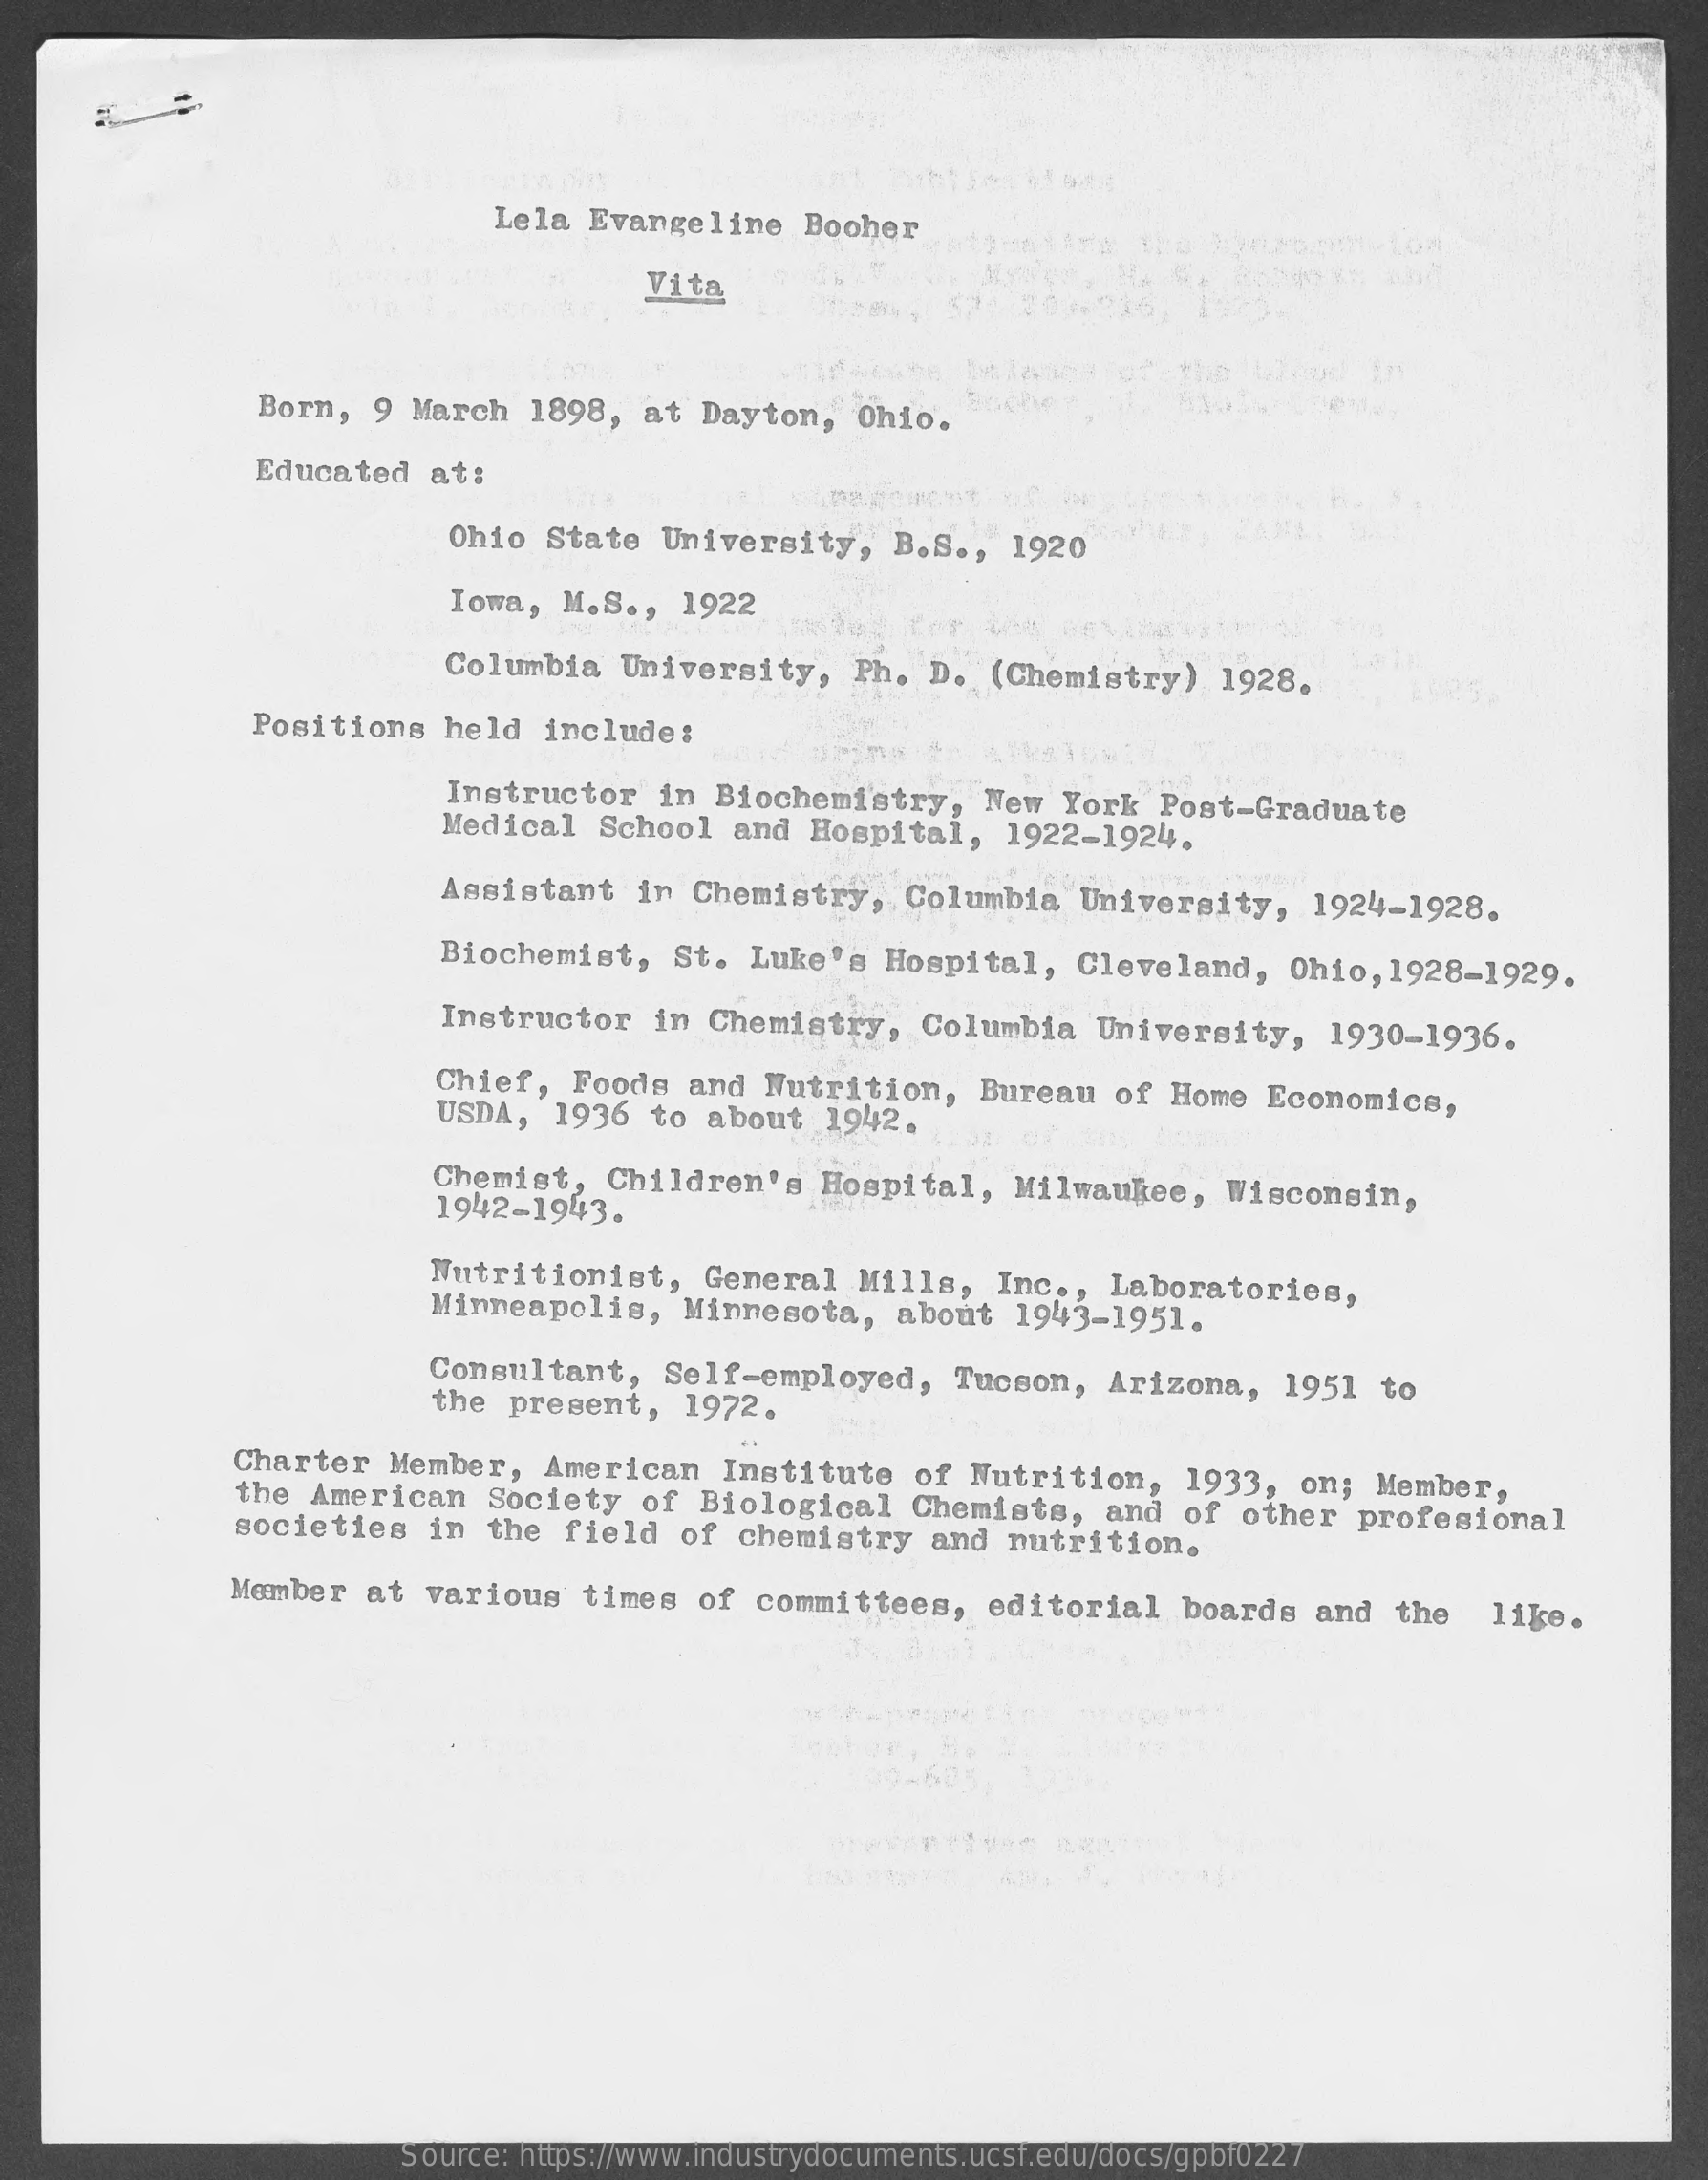
Lela    Evangeline    Booher
     Vita
     Born,    9    March    1898,    at    Dayton,    Ohio.
     Educated    at:
     Ohio    State    University,    B.S    .,    1920
     Iowa,    M.S    .,    1922
     BEVA
     Columbia    University,    Ph.    D.    (Chemistry)    1928.
     Positions    held    include:
     Instructor    in    Biochemistry,    New    York    Post-Graduate Medical School and Hospital, 1922-1924.
     Assistant    in    Chemistry,    Columbia    University,    1924-1928.
     Biochemist,    St.    Luke's    Hospital,    Cleveland,    Ohio,    1928-1929.
     Instructor    in    Chemistry,    Columbia    University,    1930-1936.
     Chief,    Foods    and    Nutrition,    Bureau    of    Home    Economics, USDA, 1936 to about 1942.
     Chemist,    Children's    Hospital,    Milwaukee,    Wisconsin, 1942-1943.
     Nutritionist,    General    Mills,    Inc    .,    Laboratories, Minneapolis, Minnesota, about 1943-1951.
     Consultant,    Self-employed,    Tucson,    Arizona,    1951    to the present, 1972.
     Charter    Member,    American    Institute    of    Nutrition,    1933,    on;    Member, the American Society of Biological Chemists, and of other profesional societies in the field of chemistry and nutrition.
     Member    at    various    times    of    committees,    editorial    boards    and    the    lige.
     Source:    https://www.industrydocuments.ucsf.edu/docs/gpbf0227